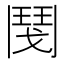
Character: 𩰎